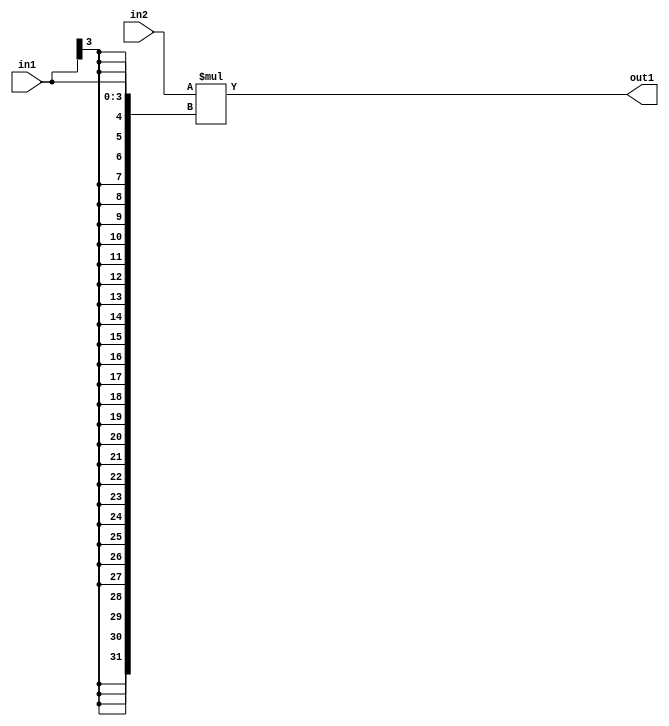
`timescale 1ps / 1ps
/*****************************************************************************
    Verilog RTL Description
    
    
    Created by: Stratus DpOpt 21.05.01 
*******************************************************************************/

module SobelFilter_Mul_32Sx4S_32S_4 (
	in2,
	in1,
	out1
	); /* architecture "behavioural" */ 
input [31:0] in2;
input [3:0] in1;
output [31:0] out1;
wire [31:0] asc001;

assign asc001 = 
	+(in2 * {{28{in1[3]}}, in1});

assign out1 = asc001;
endmodule

/* CADENCE  ubPwQw4= : u9/ySxbfrwZIxEzHVQQV8Q== ** DO NOT EDIT THIS LINE ******/